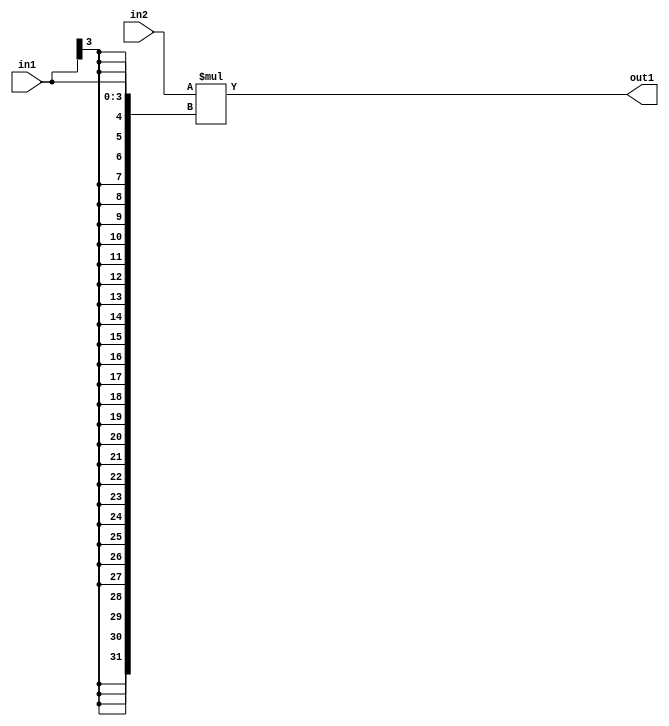
`timescale 1ps / 1ps
/*****************************************************************************
    Verilog RTL Description
    
    
    Created by: Stratus DpOpt 21.05.01 
*******************************************************************************/

module SobelFilter_Mul_32Sx4S_32S_4 (
	in2,
	in1,
	out1
	); /* architecture "behavioural" */ 
input [31:0] in2;
input [3:0] in1;
output [31:0] out1;
wire [31:0] asc001;

assign asc001 = 
	+(in2 * {{28{in1[3]}}, in1});

assign out1 = asc001;
endmodule

/* CADENCE  ubPwQw4= : u9/ySxbfrwZIxEzHVQQV8Q== ** DO NOT EDIT THIS LINE ******/